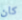
كان